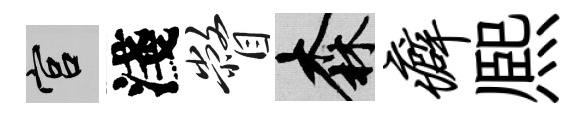
宫淺瞥森癖熈